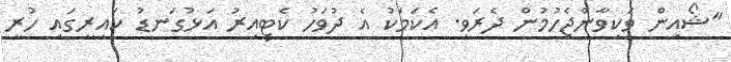
"ޝޯއިން ވަކިވާންޖެހުމުން ދެރަވި. އެކަމަކު އެ ދުވަހު ކެޓިއިރު އަޅުގަނޑު ކައިރީގައި ހުރީ